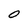
Character: O